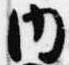
内